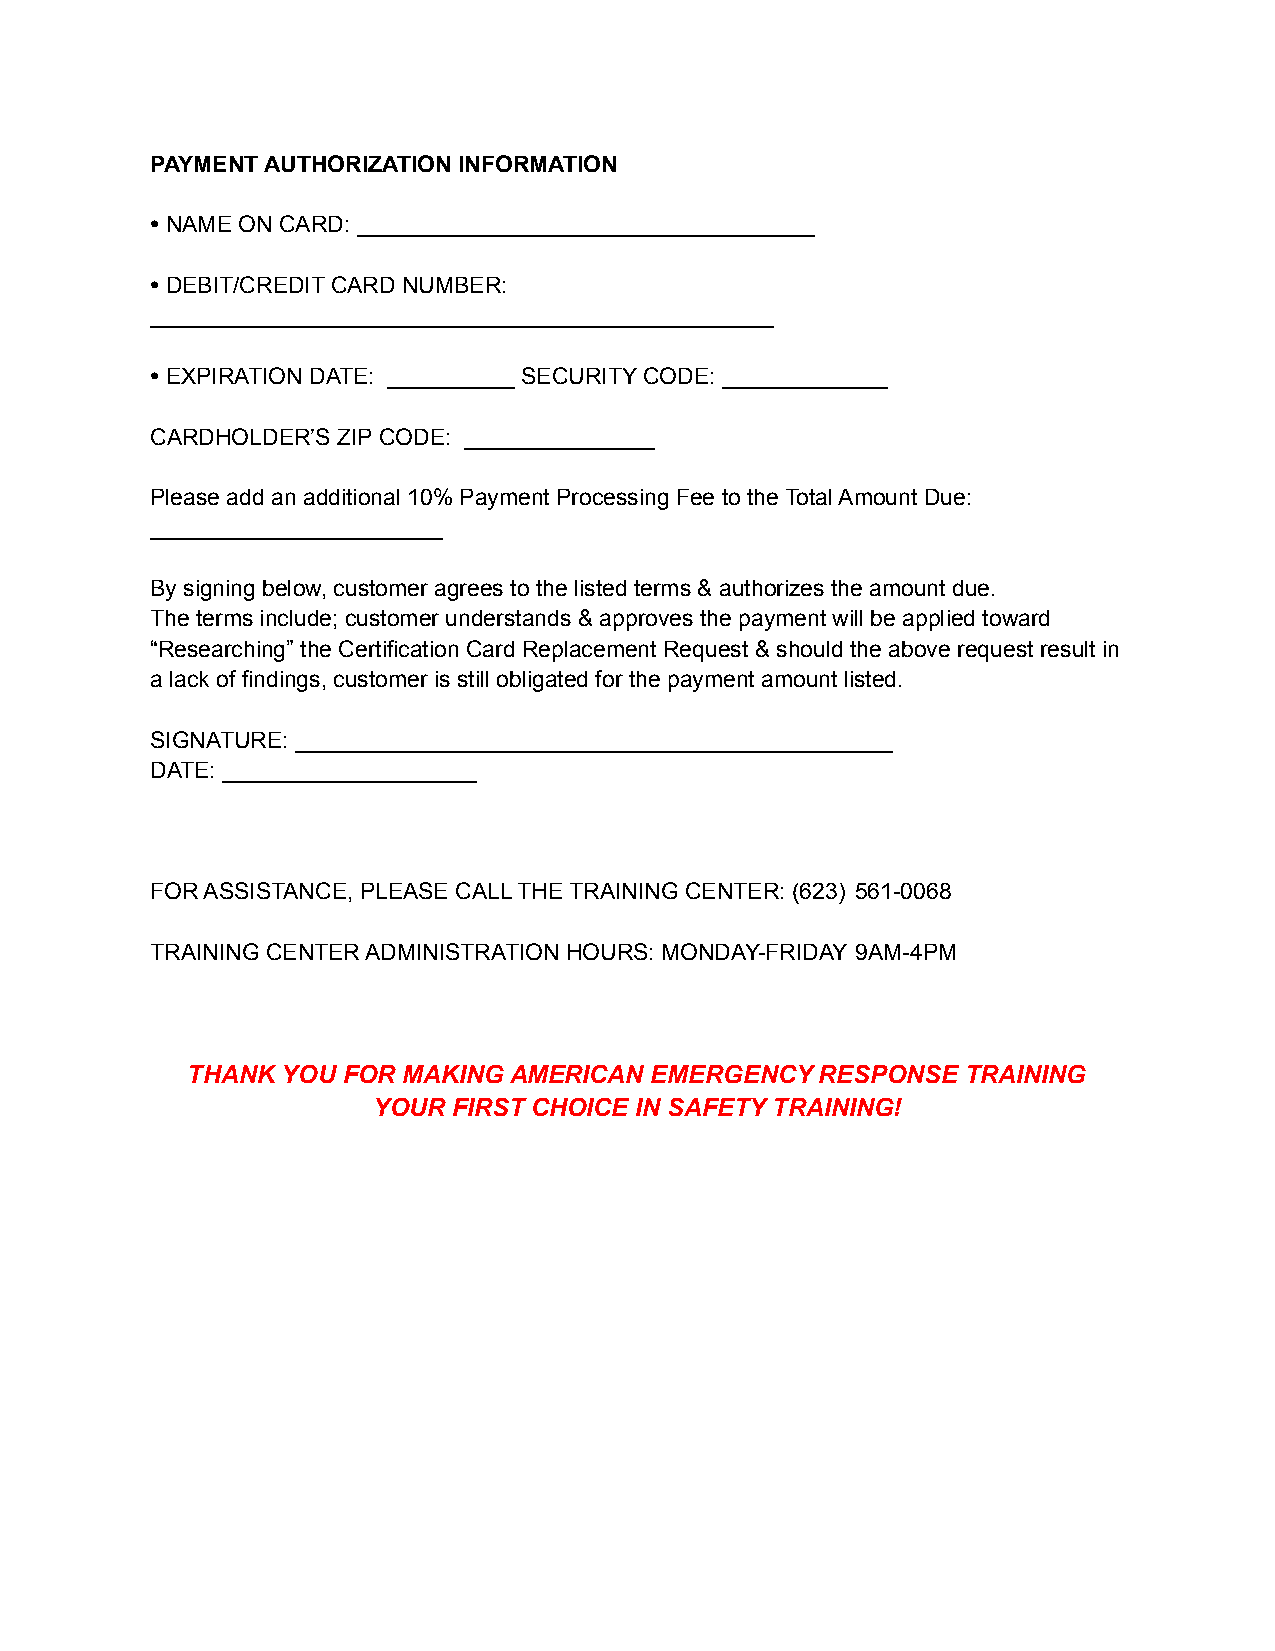
PAYMENT AUTHORIZATION INFORMATION
 ⦁ NAME ON CARD: ____________________________________
 ⦁ DEBIT/CREDIT CARD NUMBER:
 _________________________________________________
 ⦁ EXPIRATION DATE: __________ SECURITY CODE: _____________
 CARDHOLDER’S ZIP CODE: _______________
 Please add an additional 10% Payment Processing Fee to the Total Amount Due:
 _______________________
 By signing below, customer agrees to the listed terms & authorizes the amount due.
 The terms include; customer understands & approves the payment will be applied toward
 “Researching” the Certification Card Replacement Request & should the above request result in
 a lack of findings, customer is still obligated for the payment amount listed.
 SIGNATURE: _______________________________________________
 DATE: ____________________
 FOR ASSISTANCE, PLEASE CALL THE TRAINING CENTER: (623) 561-0068
 TRAINING CENTER ADMINISTRATION HOURS: MONDAY-FRIDAY 9AM-4PM
 THANK  YOU FOR MAKING AMERICAN EMERGENCY  RESPONSE  TRAINING
 YOUR FIRST CHOICE IN SAFETY TRAINING!